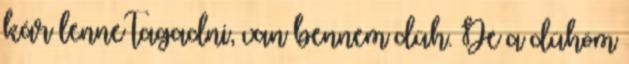
kár lenne tagadni, van bennem düh. De a dühöm